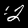
Digit: 2